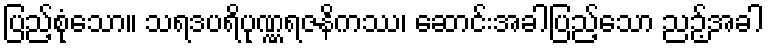
ပြည့်စုံသော။ သရဒပရိပုဏ္ဏရဇနိကဿ၊ ဆောင်းအခါပြည့်သော ညဉ့်အခါ